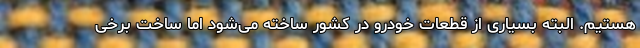
هستیم. البته بسیاری از قطعات خودرو در کشور ساخته می‌شود اما ساخت برخی